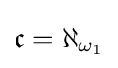
{\mathfrak {c}}=\aleph _{\omega _{1}}